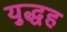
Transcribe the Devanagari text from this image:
युद्धह